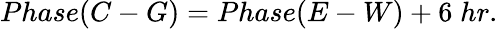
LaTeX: Phase(C-G)=Phase(E-W)+6\; hr.